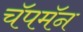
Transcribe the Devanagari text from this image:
चॅपमॅन